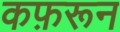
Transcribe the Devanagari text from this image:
कफ़रून